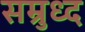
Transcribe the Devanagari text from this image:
सम्रुध्द